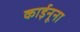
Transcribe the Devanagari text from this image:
काईनूना